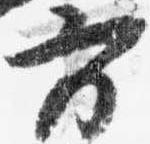
方